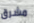
مشرق